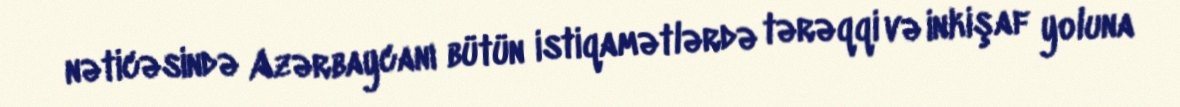
nəticəsində Azərbaycanı bütün istiqamətlərdə tərəqqi və inkişaf yoluna